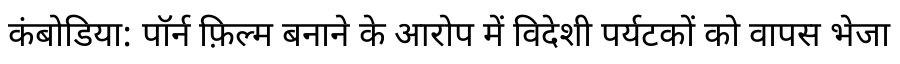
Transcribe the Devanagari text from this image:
कंबोडिया: पॉर्न फ़िल्म बनाने के आरोप में विदेशी पर्यटकों को वापस भेजा